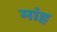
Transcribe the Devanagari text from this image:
मांह